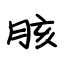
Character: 胲